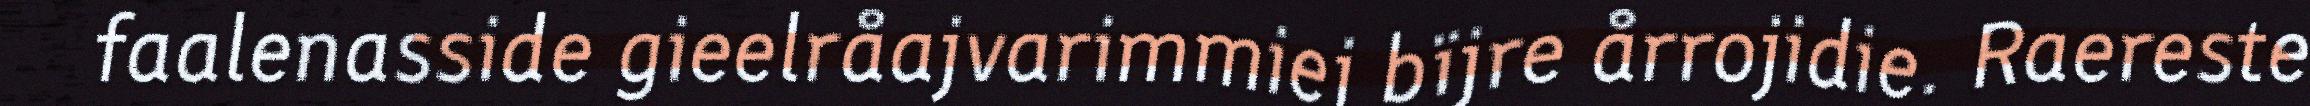
faalenasside gieelråajvarimmiej bïjre årrojidie. Raereste